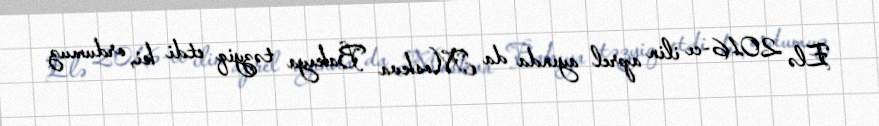
Elə 2016-cı ilin aprel ayında da Moskva Bakıya təzyiq etdi ki, ordumuz